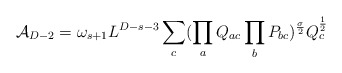
\begin{align*}{\cal A}_{D-2}=\omega_{s+1}L^{D-s-3}\sum_{c}(\prod_aQ_{ac}\prod_bP_{bc}) ^{\sigma\over 2}Q_c^{1\over 2}\end{align*}